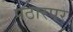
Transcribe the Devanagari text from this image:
पठारपर